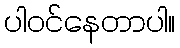
ပါဝင်နေတာပါ။